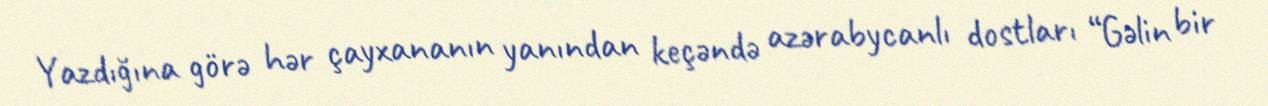
Yazdığına görə hər çayxananın yanından keçəndə azərabycanlı dostları “Gəlin bir